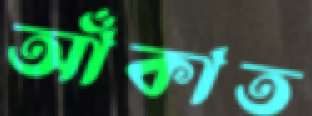
আঁকাত